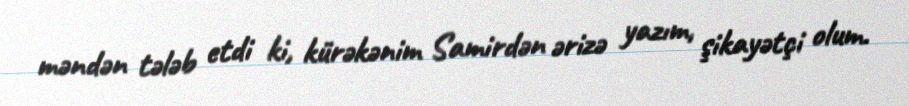
məndən tələb etdi ki, kürəkənim Samirdən ərizə yazım, şikayətçi olum.